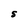
Character: S